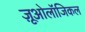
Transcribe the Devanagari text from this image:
ज़ूओलॉजिकल